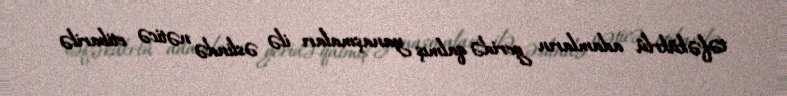
təfəkükrlü adamların geridə qalmış yanaşmaları ilə əslində nəticə etibarilə